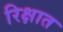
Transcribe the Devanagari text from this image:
रिक्षात